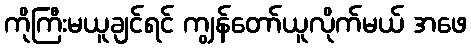
ကိုကြီးမယူချင်ရင် ကျွန်တော်ယူလိုက်မယ် အဖေ